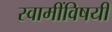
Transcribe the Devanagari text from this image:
स्वामींविषयी